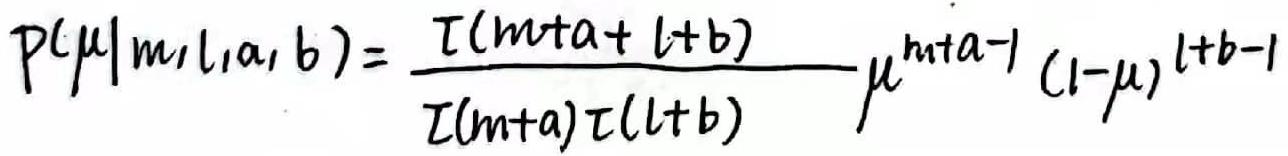
\[
P(\mu|m, l, a, b)=\frac{\Gamma(m + a + l + b)}{\Gamma(m + a)\Gamma(l + b)}\mu^{m + a - 1}(1 - \mu)^{l + b - 1}
\]